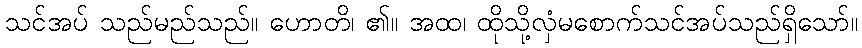
သင်အပ် သည်မည်သည်။ ဟောတိ၊ ၏။ အထ၊ ထိုသို့လှံမစောက်သင်အပ်သည်ရှိသော်။